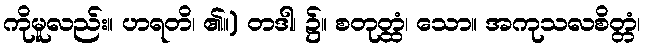
ကိုမူလည်း။ ဟရတိ၊ ၏။) တဒါ၊ ၌။ စတုတ္ထံ၊ သော။ အကုသလစိတ္တံ၊